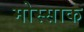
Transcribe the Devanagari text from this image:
मोस्साक